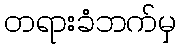
တရားခံဘက်မှ